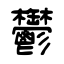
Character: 鬱